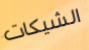
الشيكات